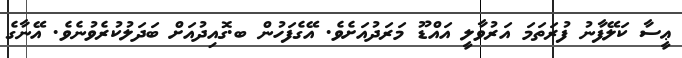
ޢީސާ ކަލޭފާނު ފުރަތަމަ އަރުވާލީ އައްޑޫ މަރަދުއަށެވެ. އޭގެފަހުން ބ.ގޮއިދުއަށް ބަދަލުކުރެވުނެވެ. އޭނާގެ